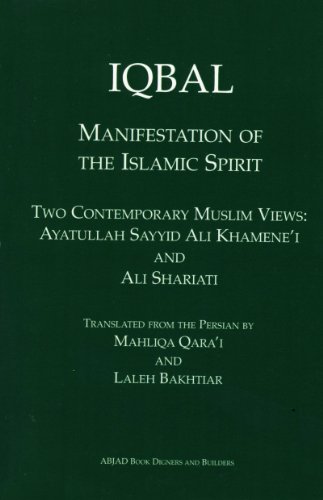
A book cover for IQBAL: Manifestation of the Islamic Spirit; Ali Shariati; Religion & Spirituality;